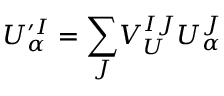
U _ { \alpha } ^ { \prime I } = { \displaystyle \sum _ { J } } V _ { U } ^ { I J } U _ { \alpha } ^ { J }